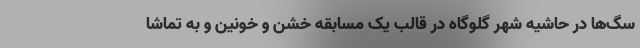
سگ‌ها در حاشیه شهر گلوگاه در قالب یک مسابقه خشن و خونین و به تماشا